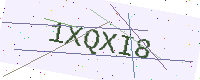
Text: 1XQXI8